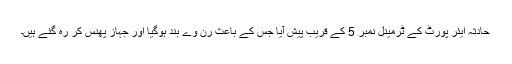
حادثہ ایئر پورٹ کے ٹرمینل نمبر 5 کے قریب پیش آیا جس کے باعث رن وے بند ہوگیا اور جہاز پھنس کر رہ گئے ہیں۔